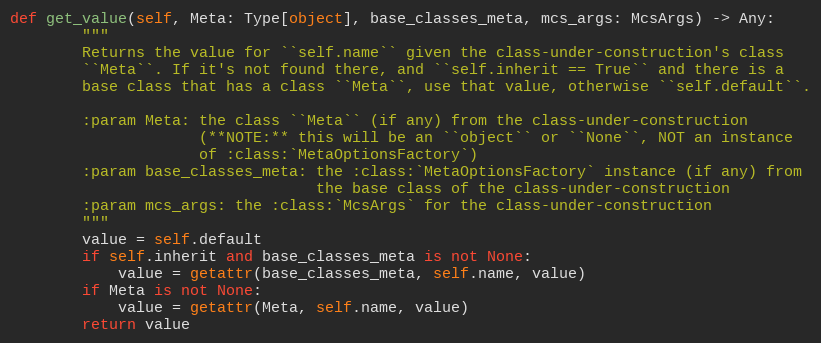
Language: Python
def get_value(self, Meta: Type[object], base_classes_meta, mcs_args: McsArgs) -> Any:
        """
        Returns the value for ``self.name`` given the class-under-construction's class
        ``Meta``. If it's not found there, and ``self.inherit == True`` and there is a
        base class that has a class ``Meta``, use that value, otherwise ``self.default``.

        :param Meta: the class ``Meta`` (if any) from the class-under-construction
                     (**NOTE:** this will be an ``object`` or ``None``, NOT an instance
                     of :class:`MetaOptionsFactory`)
        :param base_classes_meta: the :class:`MetaOptionsFactory` instance (if any) from
                                  the base class of the class-under-construction
        :param mcs_args: the :class:`McsArgs` for the class-under-construction
        """
        value = self.default
        if self.inherit and base_classes_meta is not None:
            value = getattr(base_classes_meta, self.name, value)
        if Meta is not None:
            value = getattr(Meta, self.name, value)
        return value